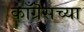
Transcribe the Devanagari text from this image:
काँग्रॆसच्या